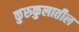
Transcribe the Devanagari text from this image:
कुरुकुलातील